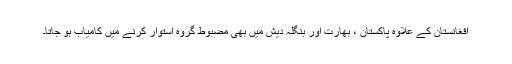
افغانستان کے علاوہ پاکستان ، بھارت اور بنگلہ دیش میں بھی مضبوط گروہ استوار کرنے میں کامیاب ہو جاتا۔